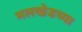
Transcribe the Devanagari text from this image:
मलखेडच्या